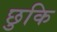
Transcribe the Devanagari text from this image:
छुकि